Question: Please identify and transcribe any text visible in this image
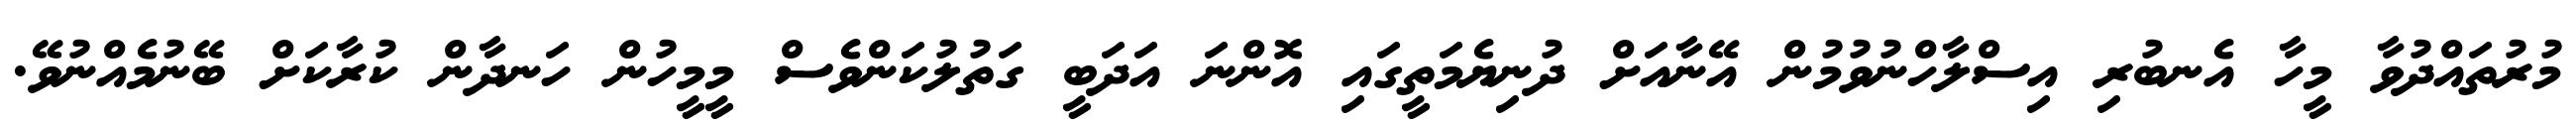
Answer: މުރުތައްދުވާ މީހާ އެނބުރި އިސްލާހްނުވުމުން އޭނާއަށް ދުނިޔެމަތީގައި އޮންނަ އަދަބީ ގަތުލުކަންވެސް މީމީހުން ހަނދާން ކުރާކަށް ބޭނުމެއްނުވޭ.